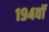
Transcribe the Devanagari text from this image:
१९४वॉ